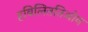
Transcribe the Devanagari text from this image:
हबिलिततिओन